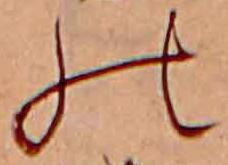
の